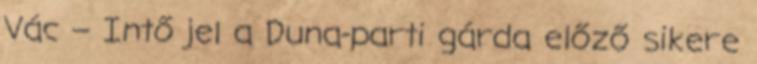
Vác – Intő jel a Duna-parti gárda előző sikere